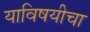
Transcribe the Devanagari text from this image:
याविषयीचा